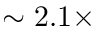
\sim 2 . 1 \times